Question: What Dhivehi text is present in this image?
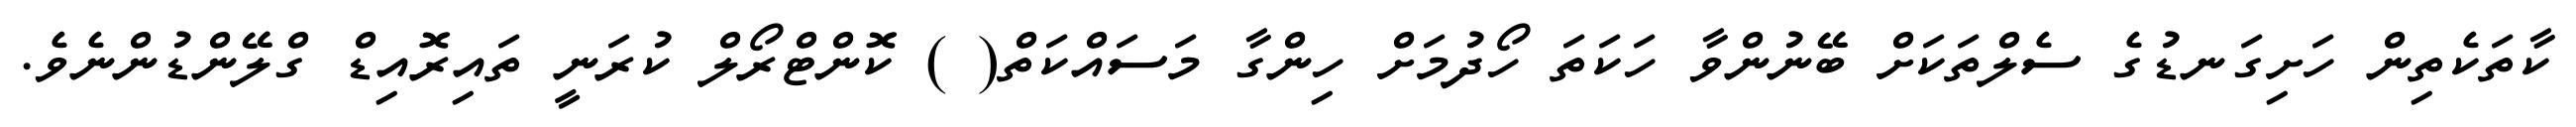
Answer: ކާތަކެތިން ހަށިގަނޑުގެ ސެލްތަކަށް ބޭނުންވާ ހަކަތަ ހޯދުމަށް ހިންގާ މަސައްކަތް( ) ކޮންޓްރޯލް ކުރަނީ ތައިރޮއިޑް ގްލޭންޑުންނެވެ.